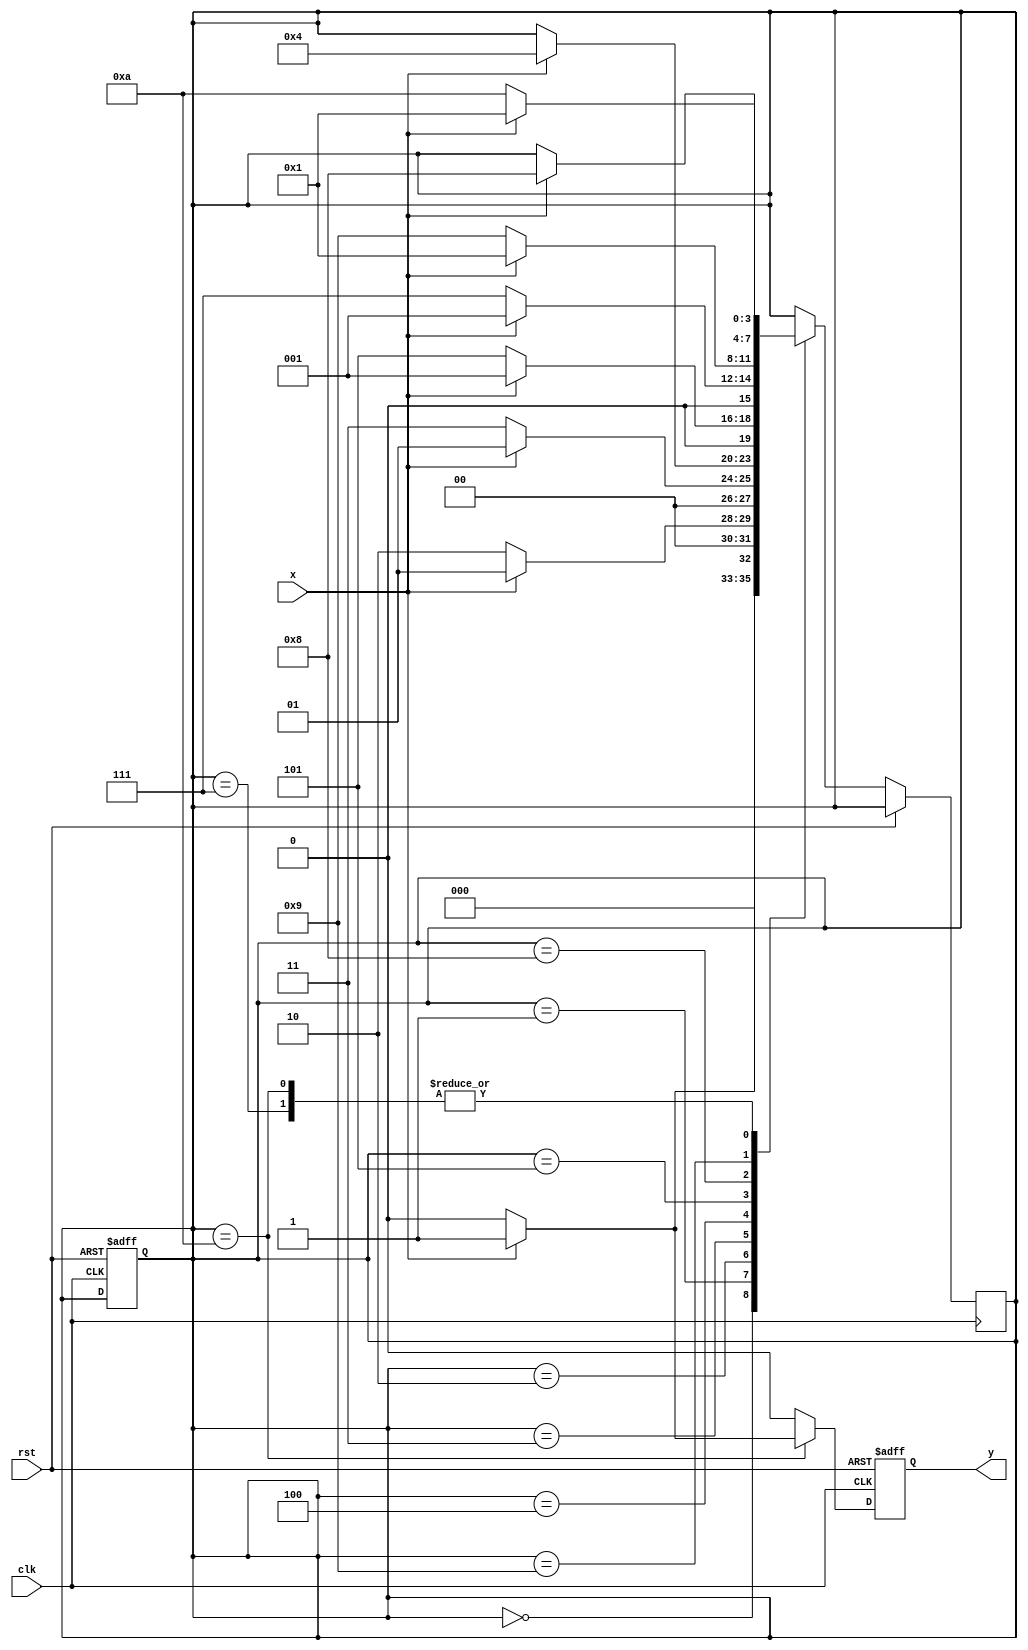
module sd_1001001001(x, clk, rst, y) ;

	input x, clk, rst ;
	output reg y ;

	reg [3:0] ps, ns ;

	parameter s0 = 4 'b0000,
		  s1 = 4 'b0001,
		  s2 = 4 'b0010,
		  s3 = 4 'b0011,		  
		  s4 = 4 'b0100,
		  s5 = 4 'b0101,
		  s6 = 4 'b0111,
		  s7 = 4 'b1000,
		  s8 = 4 'b1001,
		  s9 = 4 'b1010 ;

	always @(posedge(clk), posedge(rst))
		begin: always_block
			if (rst == 1 'b1)
				begin
					ps <= s0 ;
					y <= 1 'b0 ;
				end 

			else if (clk == 1 'b1)
				begin: else_if_block
					y = 1 'b0 ;
					case(ps)
						s0 : if(x == 1 'b1)
							ns <= s1 ;
						     else if(x == 1 'b0)
							ns <= s0 ;

						s1 : if(x == 1 'b0)
							ns <= s2 ;
						     else if(x == 1 'b1)
							ns <= s1 ;	
	
						s2 : if(x == 1 'b0)
							ns <= s3 ;
						     else if(x == 1 'b1)
							ns <= s1 ;

						s3 : if(x == 1 'b1)
							ns <= s4 ;
						     else if(x == 1 'b1)
							ns <= s0 ;	

						s4 : if(x == 1 'b0)
							ns <= s5 ;
						     else if(x == 1 'b1)
							ns <= s1 ;	
	
						s5 : if(x == 1 'b0)
							ns <= s6 ;
						     else if(x == 1 'b1)
							ns <= s1 ;

						s6 : if(x == 1 'b1)
							ns <= s7 ;
						     else if(x == 1 'b1)
							ns <= s0 ;	

						s7 : if(x == 1 'b0)
							ns <= s8 ;
						     else if(x == 1 'b1)
							ns <= s1 ;	
	
						s8 : if(x == 1 'b0)
							ns <= s9 ;
						     else if(x == 1 'b1)
							ns <= s1 ;

						s9 : if(x == 1 'b1)
							begin
								ns <= s7 ;
								y <= 1 'b1 ;
							end
						     else if(x == 1 'b1)
							ns <= s0 ;	

					endcase

				end: else_if_block

		end: always_block

	always @(ns)
		ps <= ns ;

endmodule